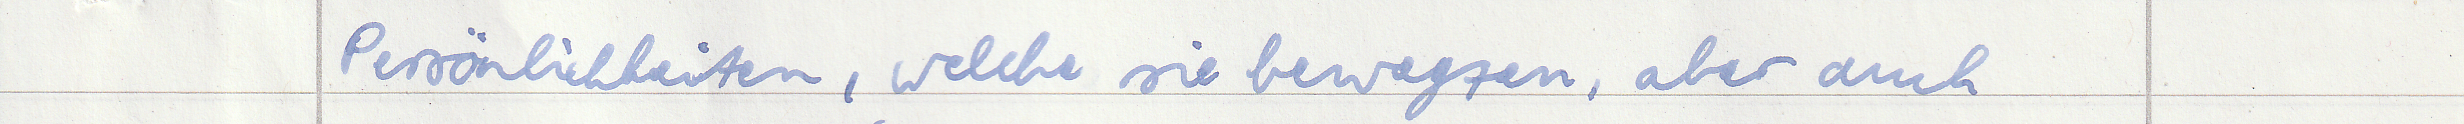
Persönlichkeiten, welche sie bewegten, aber auch